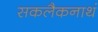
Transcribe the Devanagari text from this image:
सकलैकनाथं